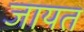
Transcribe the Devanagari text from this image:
जायत